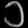
Digit: ၁